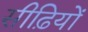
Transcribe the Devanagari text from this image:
सीढ़ियों